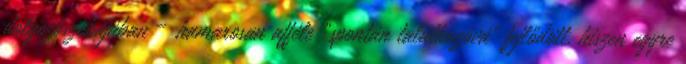
dol­­go­zó­szo­­­bájá­ban – hamarosan afféle „spontán találkozóvá” fejlő­dött, hi­szen egyre